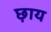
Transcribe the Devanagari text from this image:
छ़ाय